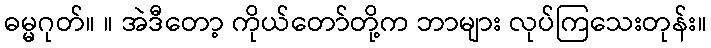
ဓမ္မဂုတ်။ ။ အဲဒီတော့ ကိုယ်တော်တို့က ဘာများ လုပ်ကြသေးတုန်း။